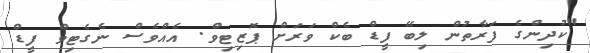
"ކުދިންގެ ފަރާތުން ލިބޭ ފީޑް ބެކް ވަރަށް ޕޮޒިޓިވް. އެއްވެސް ނެގެޓިވް ފީޑް